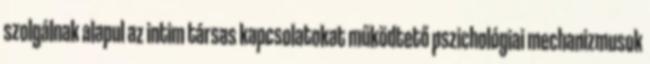
szolgálnak alapul az intim társas kapcsolatokat működtető pszichológiai mechanizmusok